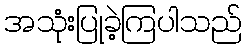
အသုံးပြုခဲ့ကြပါသည်